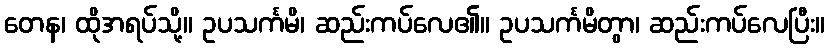
တေန၊ ထိုအရပ်သို့။ ဥပသင်္ကမိ၊ ဆည်းကပ်လေ၏။ ဥပသင်္ကမိတွာ၊ ဆည်းကပ်လေပြီး။